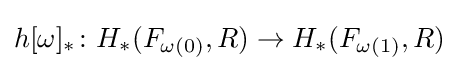
h[\omega ]_{*}\colon H_{*}(F_{\omega (0)},R)\to H_{*}(F_{\omega (1)},R)